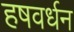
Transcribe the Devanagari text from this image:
हषवर्धन